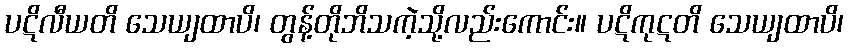
ပဋိလီယတိ သေယျထာပိ၊ တွန့်တိုဘိသကဲ့သို့လည်းကောင်း။ ပဋိကုဋတိ သေယျထာပိ၊